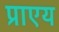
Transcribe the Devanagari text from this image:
प्राएय